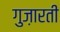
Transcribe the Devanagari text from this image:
गुज़ारती